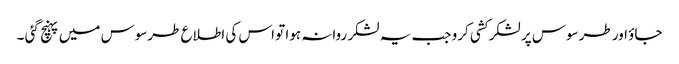
جاؤ اور طرسوس پر لشکر کشی کرو جب یہ لشکر روانہ ہوا تو اس کی اطلاع طرسوس میں پہنچ گئی ۔